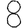
Digit: 8